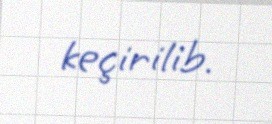
keçirilib.